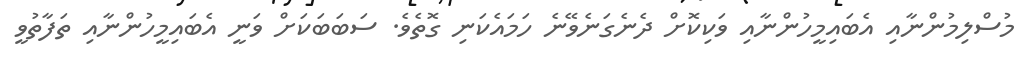
މުސްލިމުންނާއި އެބައިމީހުންނާއި ވަކިކޮށް ދެނެގަނެވޭނެ ހަމައެކަނި ގޮތެވެ. ސަބަބަކަށް ވަނީ އެބައިމީހުންނާއި ތަފާތުވީ